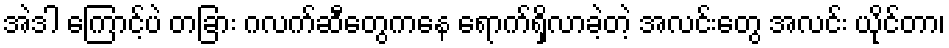
အဲဒါ ကြောင့်ပဲ တခြား ဂလက်ဆီတွေကနေ ရောက်ရှိလာခဲ့တဲ့ အလင်းတွေ အလင်း ယိုင်တာ၊